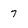
Character: 7